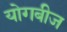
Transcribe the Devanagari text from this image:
योगबीज